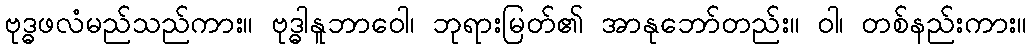
ဗုဒ္ဓဖလံမည်သည်ကား။ ဗုဒ္ဓါနူဘာဝေါ၊ ဘုရားမြတ်၏ အာနုဘော်တည်း။ ဝါ၊ တစ်နည်းကား။